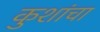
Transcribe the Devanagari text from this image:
कुशांचा